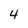
Character: 4